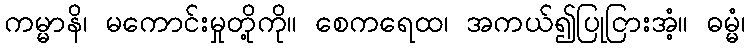
ကမ္မာနိ၊ မကောင်းမှုတို့ကို။ စေကရေထ၊ အကယ်၍ပြုငြားအံ့။ ဓမ္မံ၊